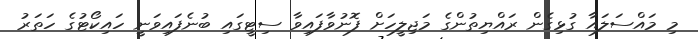
މި މައްސަލައާ ގުޅިގެން ރައްޔިތުންގެ މަޖިލީހަށް ފޮނުވާފައިވާ ސިޓީގައި ބުނެފައިވަނީ ހައިކޯޓުގެ ހަތަރު